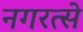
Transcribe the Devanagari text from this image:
नगरत्से